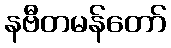
နဗီတမန်တော်